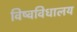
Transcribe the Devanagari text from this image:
विष्वविधालय